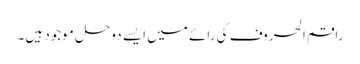
راقم الحروف کی رائے میں ایسے دوحل موجود ہیں۔